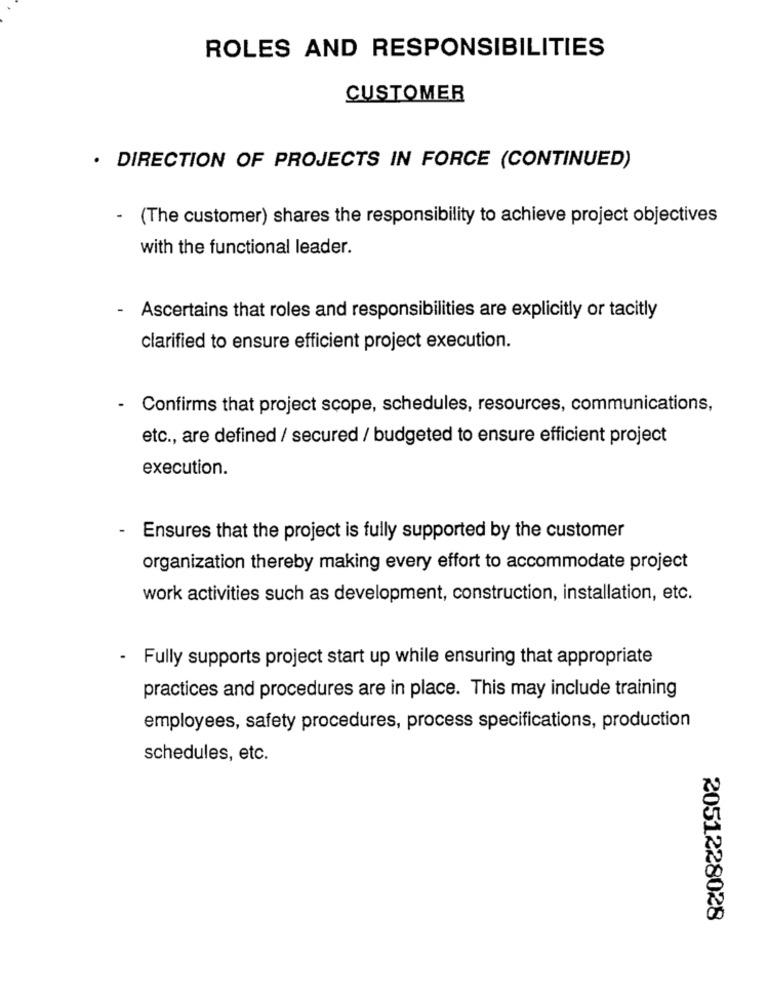
ROLES AND RESPONSIBILITIES
CUSTOMER
· DIRECTION OF PROJECTS IN FORCE (CONTINUED)
- (The customer) shares the responsibility to achieve project objectives
with the functional leader.
- Ascertains that roles and responsibilities are explicitly or tacitly
clarified to ensure efficient project execution.
- Confirms that project scope, schedules, resources, communications,
etc ., are defined / secured / budgeted to ensure efficient project
execution.
-
Ensures that the project is fully supported by the customer
organization thereby making every effort to accommodate project
work activities such as development, construction, installation, etc.
- Fully supports project start up while ensuring that appropriate
practices and procedures are in place. This may include training
employees, safety procedures, process specifications, production
schedules, etc.
2051228028